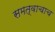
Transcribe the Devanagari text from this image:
समत्वाचाच